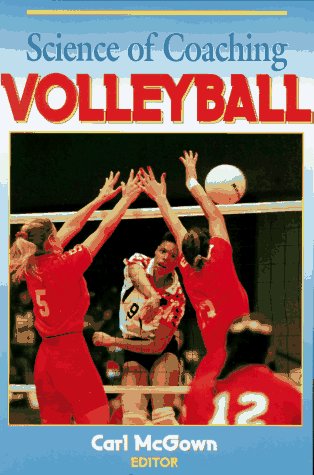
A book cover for Science of Coaching Volleyball; Sports & Outdoors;